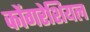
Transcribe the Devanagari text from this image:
कोंगरेशियल